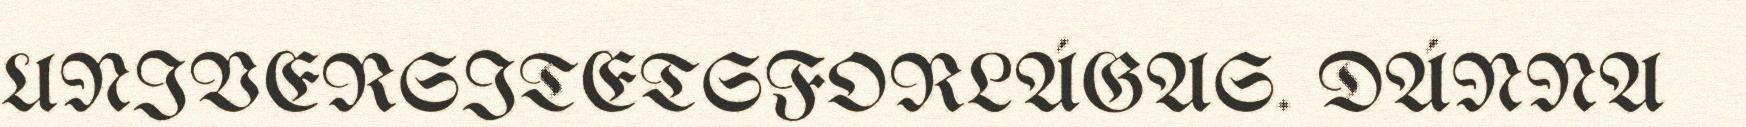
UNIVERSITETSFORLÁGAS. DÁNNA